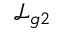
\mathcal { L } _ { g 2 }